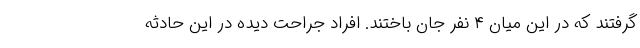
گرفتند که در این میان ۴ نفر جان باختند. افراد جراحت دیده در این حادثه